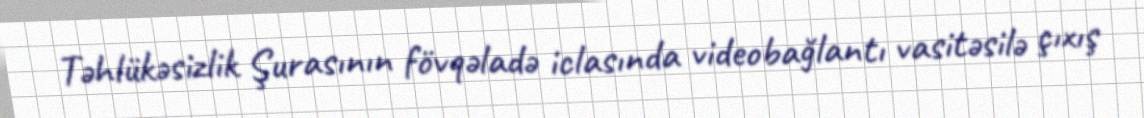
Təhlükəsizlik Şurasının fövqəladə iclasında videobağlantı vasitəsilə çıxış